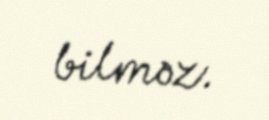
bilməz.